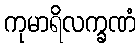
ကုမာရိလက္ခဏံ